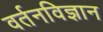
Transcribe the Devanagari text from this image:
वर्तनविज्ञान